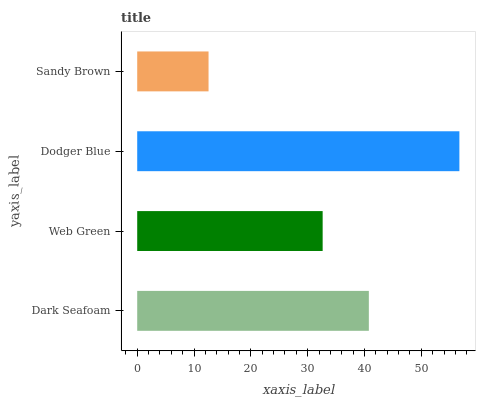
| yaxis_label | bars |
 | --- | --- |
 | Dark Seafoam | 40.8 |
 | Web Green | 32.6 |
 | Dodger Blue | 56.7 |
 | Sandy Brown | 12.6 |